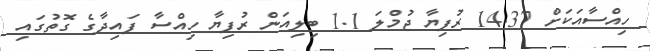
ހިއްސާއަކަށް 14.37 ރުފިޔާ ޖުމްލަ 1.1 ބިލިއަން ރުފިޔާ ހިއްސާ ފައިދާގެ ގޮތުގައި